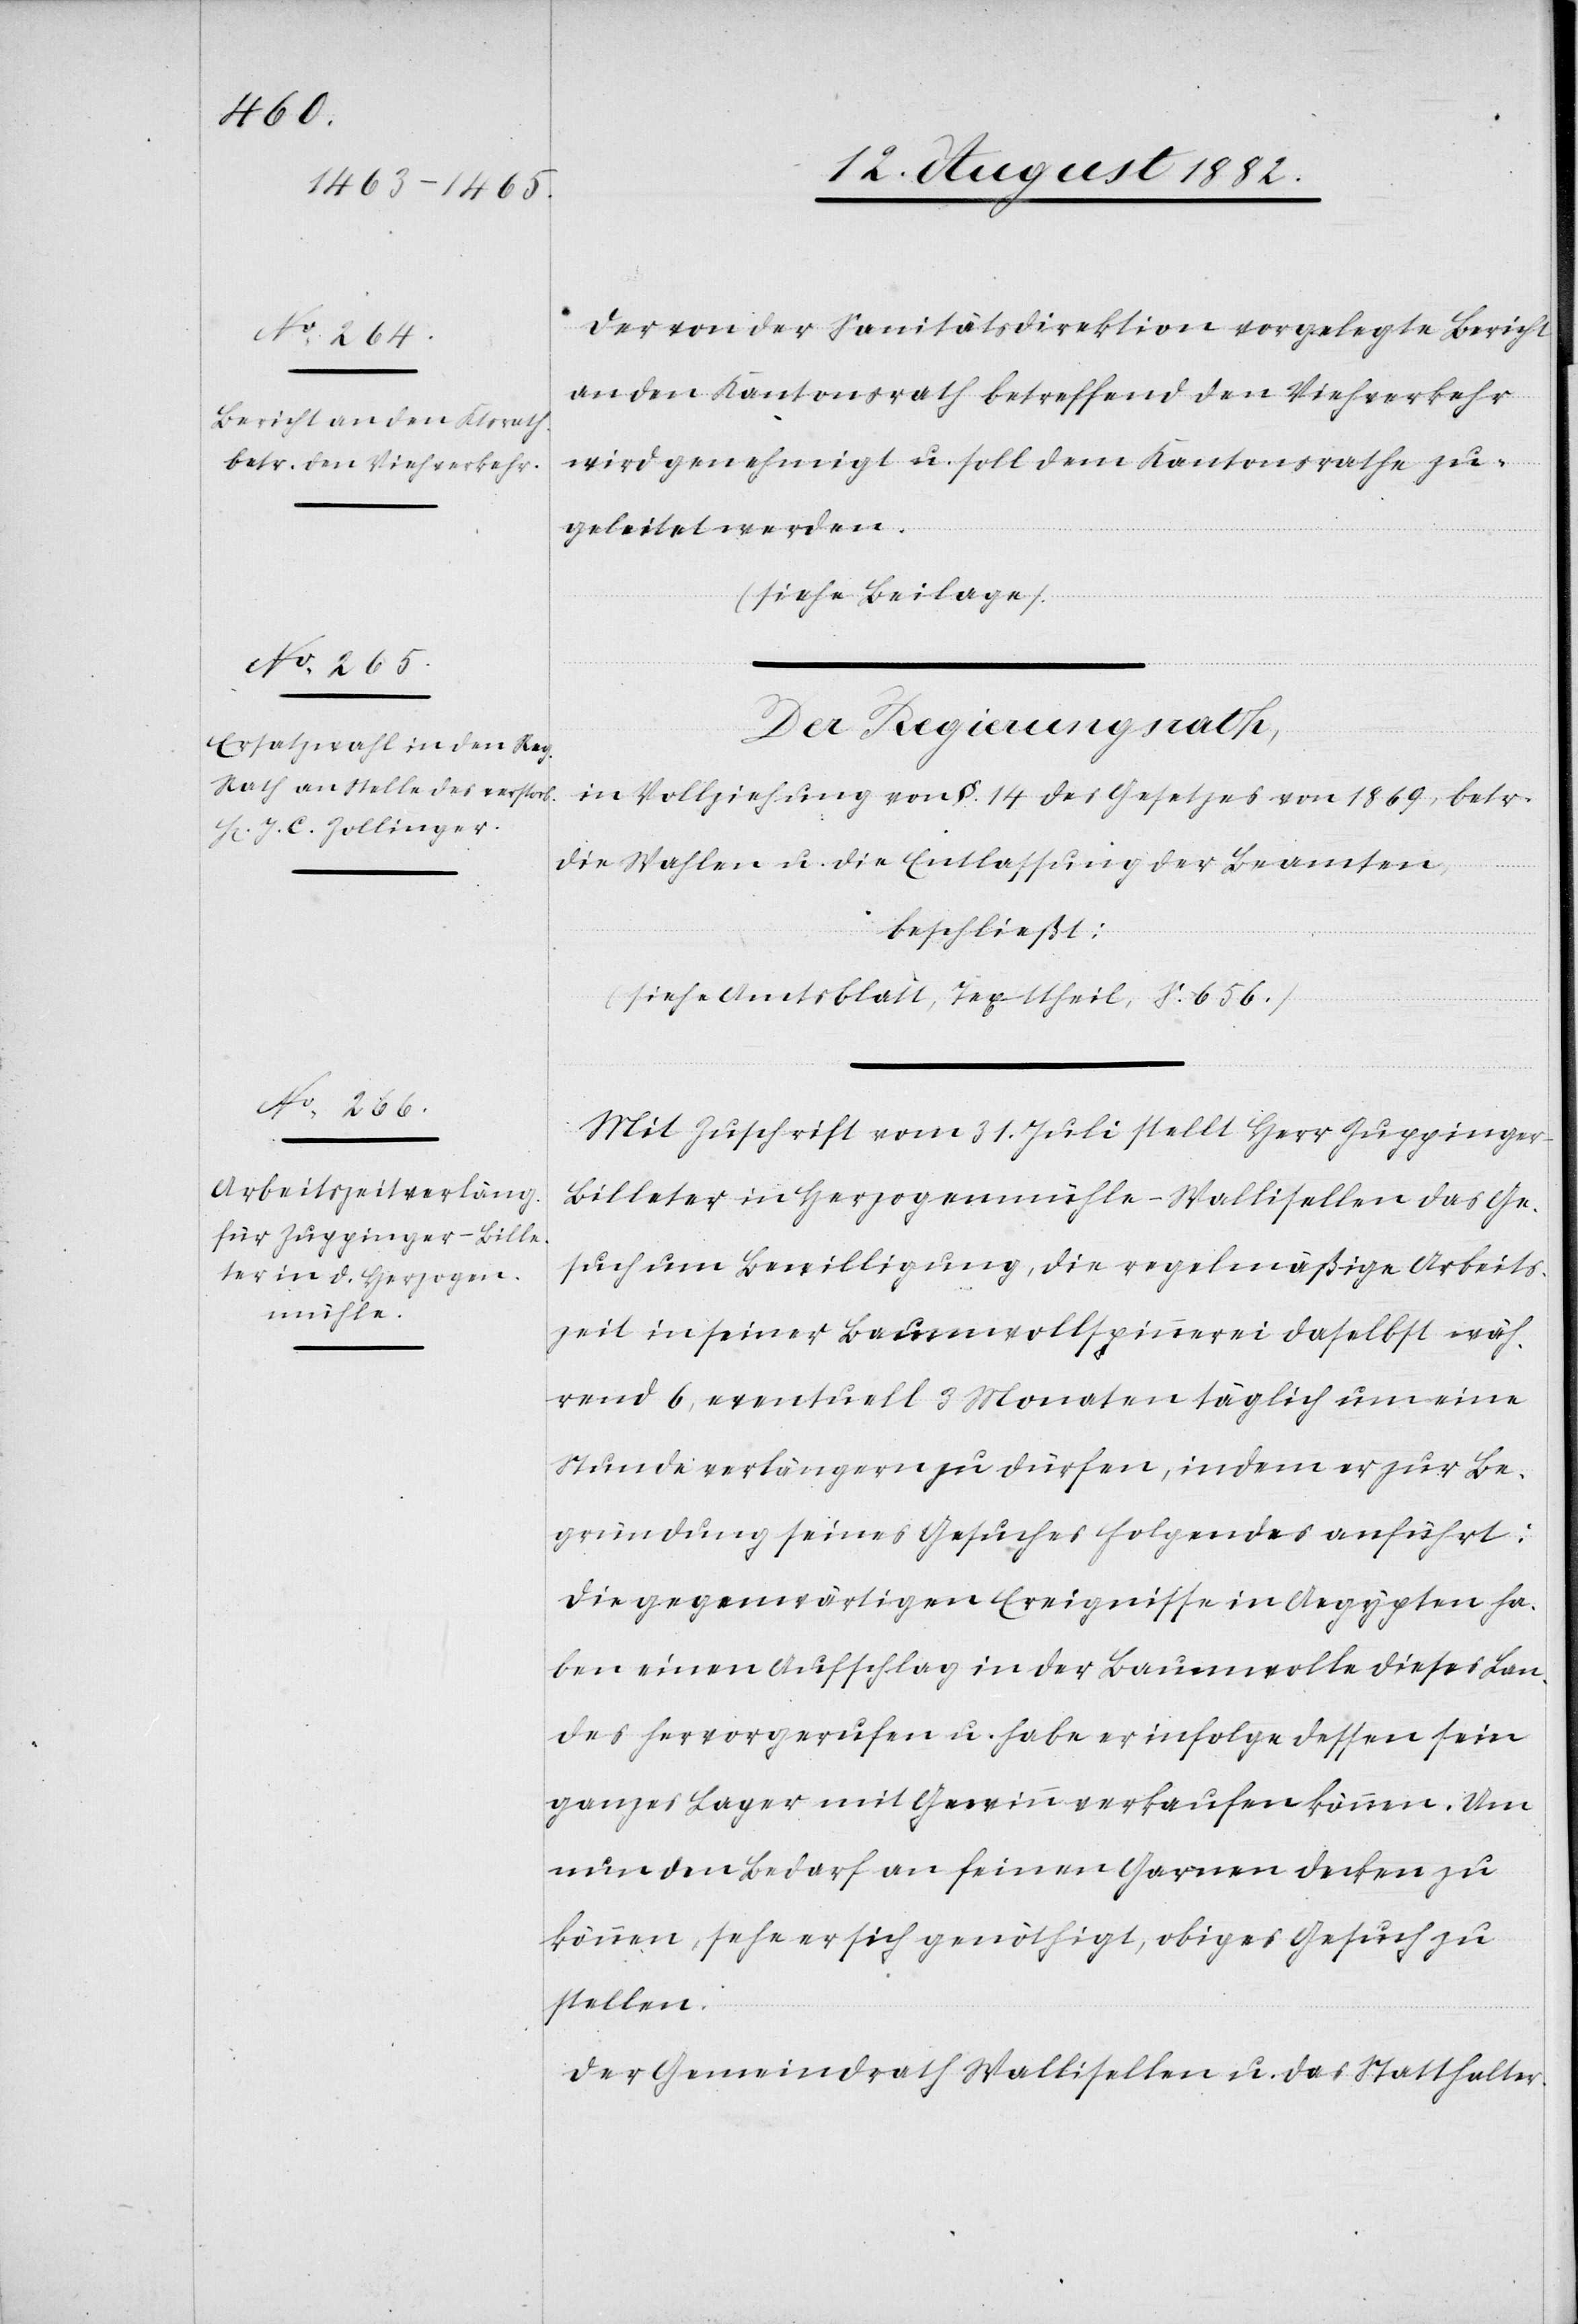
Der von der Sanitätsdirektion vorgelegte Bericht
an den Kantonsrath betreffend den Viehverkehr
wird genehmigt u. soll dem Kantonsrathe zu¬
geleitet werden.
(siehe Beilage).
Der Regierungsrath,
in Vollziehung von §. 14 des Gesetzes von 1869, betr.
die Wahlen u. die Entlassung der Beamten,
beschließt:
(siehe Amtsblatt, Texttheil, S. 656).
Mit Zuschrift vom 31. Juli stellt Herr Zuppinger-B¬
illeter in Herzogenmühle - Wallisellen das Ge¬
such um Bewilligung, die regelmäßige Arbeits¬
zeit in seiner Baumwollspinnerei daselbst wäh¬
rend 6, eventuell 3 Monaten täglich um eine
Stunde verlängern zu dürfen, indem er zur Be¬
gründung seines Gesuches folgendes anführt:
Die gegenwärtigen Ereignisse in Aegypten ha¬
ben einen Aufschlag in der Baumwolle dieses Lan¬
des hervorgerufen u. habe er infolge dessen sein
ganzes Lager mit Gewinn verkaufen können. Um
nun den Bedarf an feinen Garnen decken zu
können, sehe er sich genöthigt, obiges Gesuch zu
stellen.
Der Gemeindrath Wallisellen u. das Statthalter-